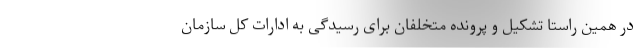
در همین راستا تشکیل و پرونده متخلفان برای رسیدگی به ادارات کل سازمان